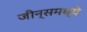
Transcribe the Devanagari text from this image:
जीन्समध्ये